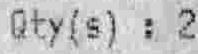
QTY(S) : 2